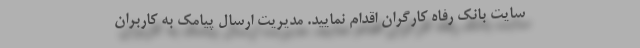
سایت بانک رفاه کارگران اقدام نمایید. مدیریت ارسال پیامک به کاربران